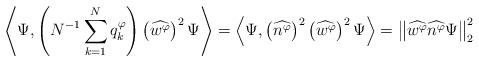
LaTeX: \begin{align*}\left\langle\Psi,\left(N^{-1}\sum_{k=1}^Nq_{k}^{\varphi}\right) \left(\widehat{w^{\varphi}}\right)^2\Psi\right\rangle&=\left\langle\Psi,\left(\widehat{n^{\varphi}}\right)^{2}\left(\widehat{w^{\varphi}}\right)^2\Psi\right\rangle=\left\Vert \widehat{w^{\varphi}}\widehat{n^{\varphi}}\Psi\right\Vert^2_2 \end{align*}